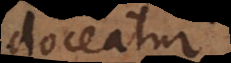
doceatur